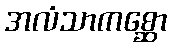
အလံသာကစ္ဆော